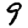
Digit: 9